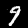
Label: 9